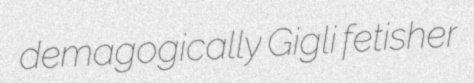
demagogically Gigli fetisher